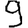
Digit: 9